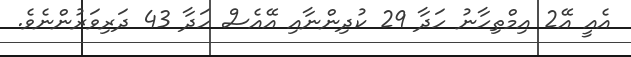
އެއީ އޭ2 އިމްތިހާނު ހަދާ 29 ކުދިންނާއި އޭއެސް ހަދާ 43 ދަރިވަރުންނެވެ.